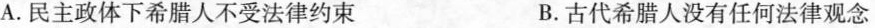
A.民主政体下希腊人不受法律约束 B.古代希腊人没有任何法律观念